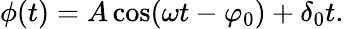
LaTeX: \phi(t)=A\cos(\omega t-\varphi_{0})+\delta_{0}t.